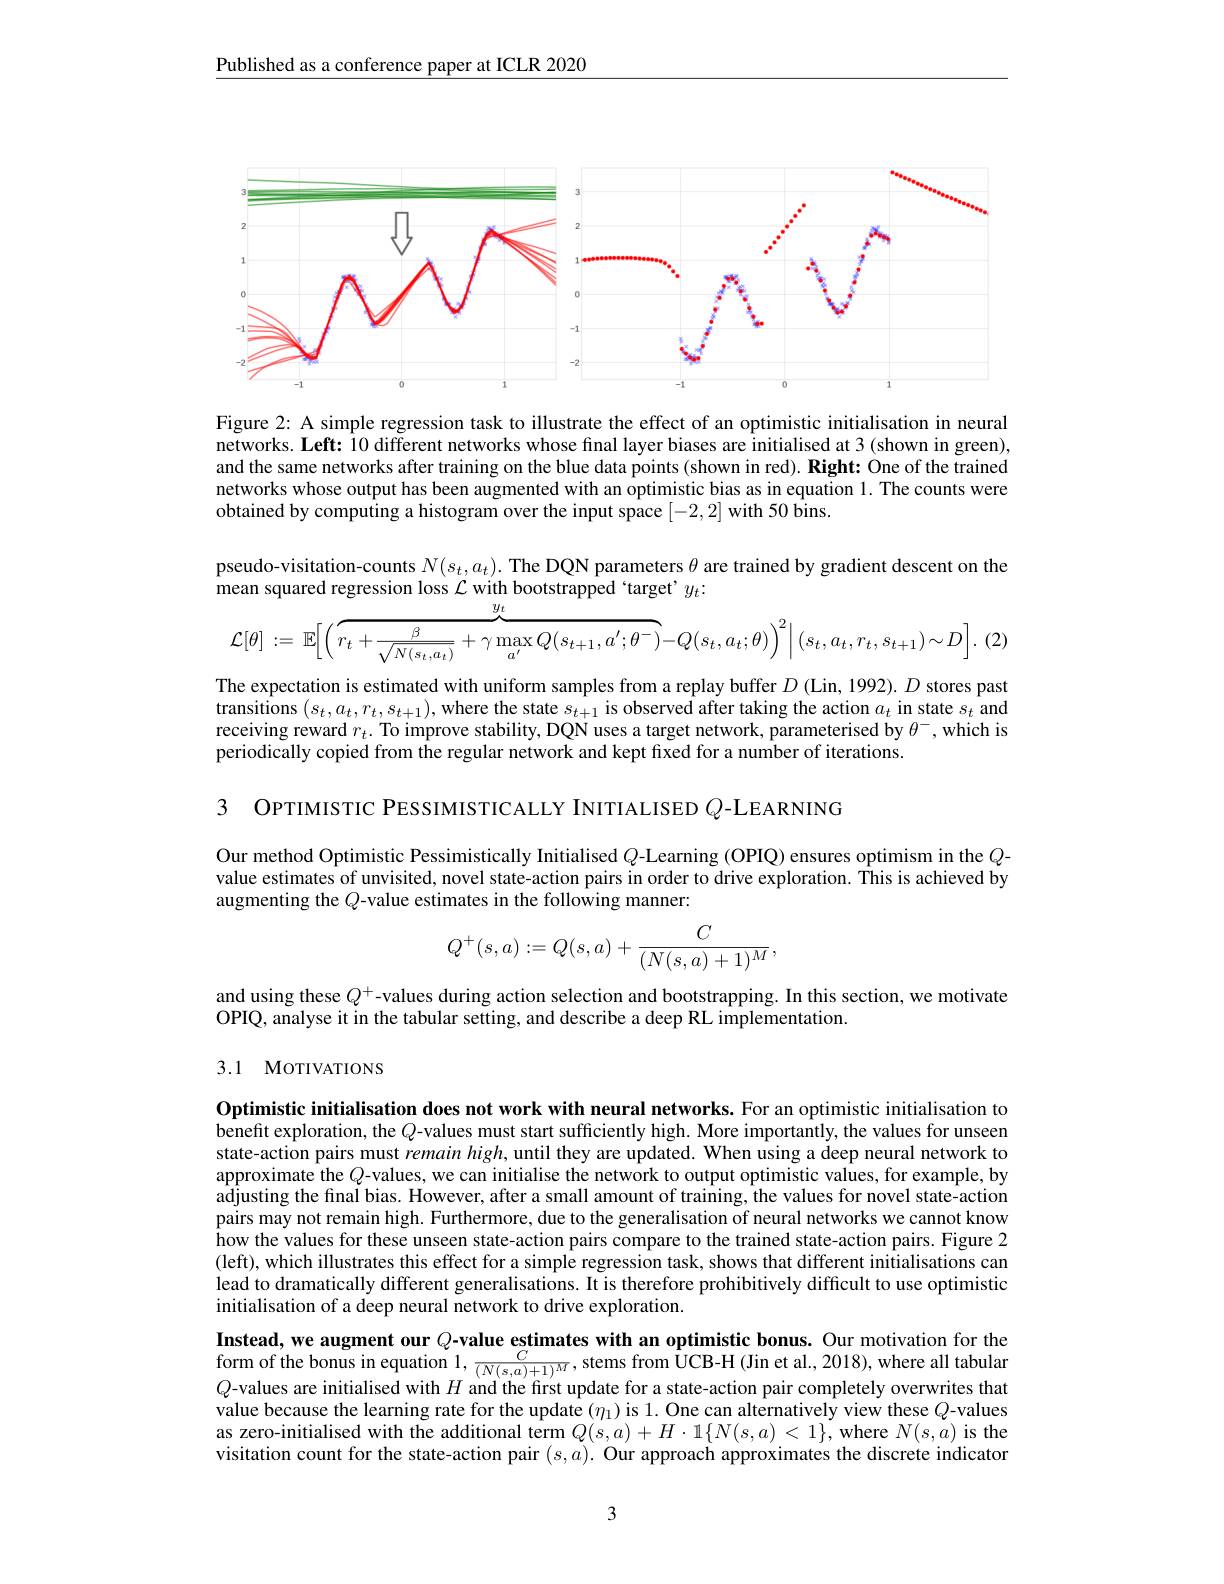
Published as a conference paper at ICLR 2020

<FigureHere>

Figure 2: A simple regression task to illustrate the effect of an optimistic initialisation in neural networks. Left: 10 different networks whose final layer biases are initialised at 3 (shown in green), and the same networks after training on the blue data points (shown in red). Right: One of the trained networks whose output has been augmented with an optimistic bias as in equation 1. The counts were obtained by computing a histogram over the input space [-2,2] with 50 bins.

pseudo-visitation-counts $N(s_t,a_t).$ The DQN parameters $\theta$ are trained by gradient descent on the
mean squared regression loss $\mathcal{L}$ with bootstrapped‘target’$y_t:$
$$\mathcal{L}[\theta]:=\:\mathbb{E}\Big[\Big(\overbrace{r_{t}+\frac{\beta}{\sqrt{N(s_{t},a_{t})}}+\gamma\max_{a^{\prime}}Q(s_{t+1},a^{\prime};\theta^{-})}^{y_{t}}-Q(s_{t},a_{t};\theta)\Big)^{2}\Big|\:(s_{t},a_{t},r_{t},s_{t+1})\sim D\Big].$$
The expectation is estimated with uniform samples from a replay buffer $D$ (Lin, 1992). $D$ stores past transitions $(s_t,a_t,r_t,s_{t+1})$, where the state $s_t+1$ is observed after taking the action $a_t$ in state $s_t$ and receiving reward $r_t.$ To improve stability, DQN uses a target network, parameterised by $\theta^-$,which is periodically copied from the regular network and kept fixed for a number of iterations.

3 OPTIMISTIC PESSIMISTICALLY INITIALISED $Q$-LEARNING

Our method Optimistic Pessimistically Initialised $Q$-Learning (OPIQ) ensures optimism in the $Q$- value estimates of unvisited, novel state-action pairs in order to drive exploration. This is achieved by augmenting the $Q$-value estimates in the following manner:
$$Q^+(s,a):=Q(s,a)+\frac{C}{(N(s,a)+1)^M},$$
and using these $Q^+$-values during action selection and bootstrapping. In this section, we motivate
OPIQ, analyse it in the tabular setting, and describe a deep RL implementation.

## 3.1 MoTIVATIONS

Optimistic initialisation does not work with neural networks. For an optimistic initialisation to benefit exploration, the $Q$-values must start sufficiently high. More importantly, the values for unseen state-action pairs must $remainhigh$, until they are updated. When using a deep neural network to approximate the $Q$-values, we can initialise the network to output optimistic values, for example, by adjusting the final bias. However, after a small amount of training, the values for novel state-action pairs may not remain high. Furthermore, due to the generalisation of neural networks we cannot know how the values for these unseen state-action pairs compare to the trained state-action pairs. Figure 2 (left), which illustrates this effect for a simple regression task, shows that different initialisations can lead to dramatically different generalisations. It is therefore prohibitively difficult to use optimistic initialisation of a deep neural network to drive exploration.
Instead, we augment our $Q\textbf{- value estimates with an optimistic bonus. Our motivation for the}$ form of the bonus in equation $1, \frac C{( N( s, a) + 1) ^{M}}$,stems from $\mathbf{\hat{U} CB- H}( \mathbf{Jin~et~al. 2018}) $,where all tabular $Q$- values are initialised with $H$ and the first update for a state- action pair completely overwrites that value because the learning rate for the update $(\eta_1)$ is 1. One can alternatively view these $Q$-values as zero-initialised with the additional term $Q(s,a)+H\cdot1\{N(s,a)<1\}$, where $N(s,a)$ is the visitation count for the state-action pair $( s, a) . \textbf{ Our approach approximates the discrete indicator}$

3